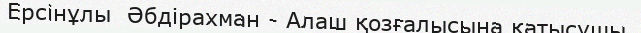
Ерсінұлы  Әбдірахман - Алаш қозғалысына қатысушы.